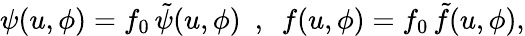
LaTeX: \psi(u,\phi)=f_{0}\, \tilde{\psi}(u,\phi)\ \ ,\ \ f(u,\phi)=f_{0}\, \tilde{f}(u,\phi),